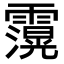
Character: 𮦶